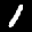
Label: 1